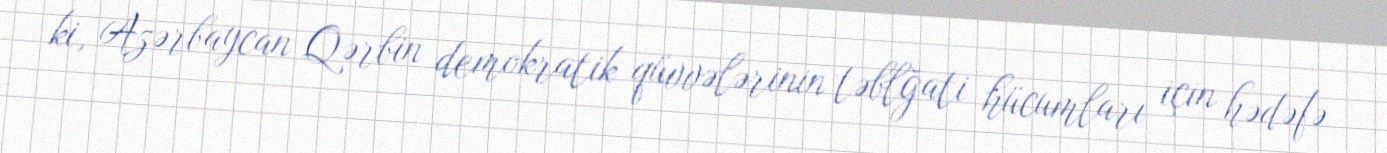
ki, Azərbaycan Qərbin demokratik qüvvələrinin təblğati hücumları için hədəfə